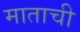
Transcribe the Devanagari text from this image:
माताची